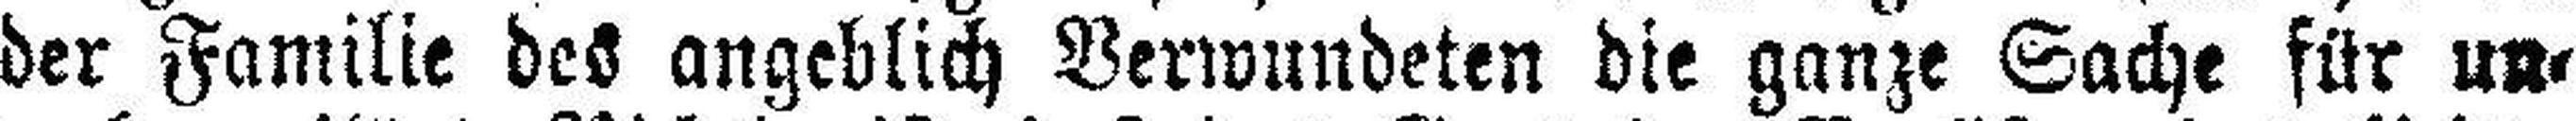
der Familie des angeblich Verwundeten die ganze Sache für un¬